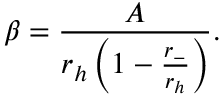
\beta = { \frac { A } { r _ { h } \left( 1 - { \frac { r _ { - } } { r _ { h } } } \right) } } .